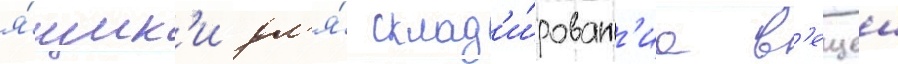
я́щик'и дл'я́ склад'и́рован'иа в'ещеи